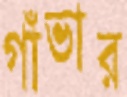
গাঁভার